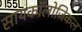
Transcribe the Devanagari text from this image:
सायकॉलोजिकल